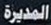
المديرة